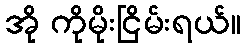
အို ကိုမိုးငြိမ်းရယ်။